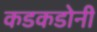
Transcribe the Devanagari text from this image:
कडकडोनी